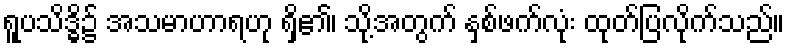
ရူပသိဒ္ဓိ၌ အသမာဟာရဟု ရှိ၏၊ သို့အတွက် နှစ်ဖက်လုံး ထုတ်ပြလိုက်သည်။